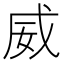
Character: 威